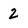
Character: 2